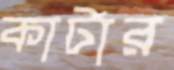
কার্টার